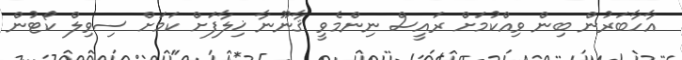
އާހާބަރުން ބިން ވިއްކުމަށް ރައީސް ނިންމެވީ ޤާނޫނާ ޚިލާފަށް ކަމަށް ސިވިލް ކޯޓުން